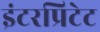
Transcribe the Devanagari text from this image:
इंटरप्रिटेट